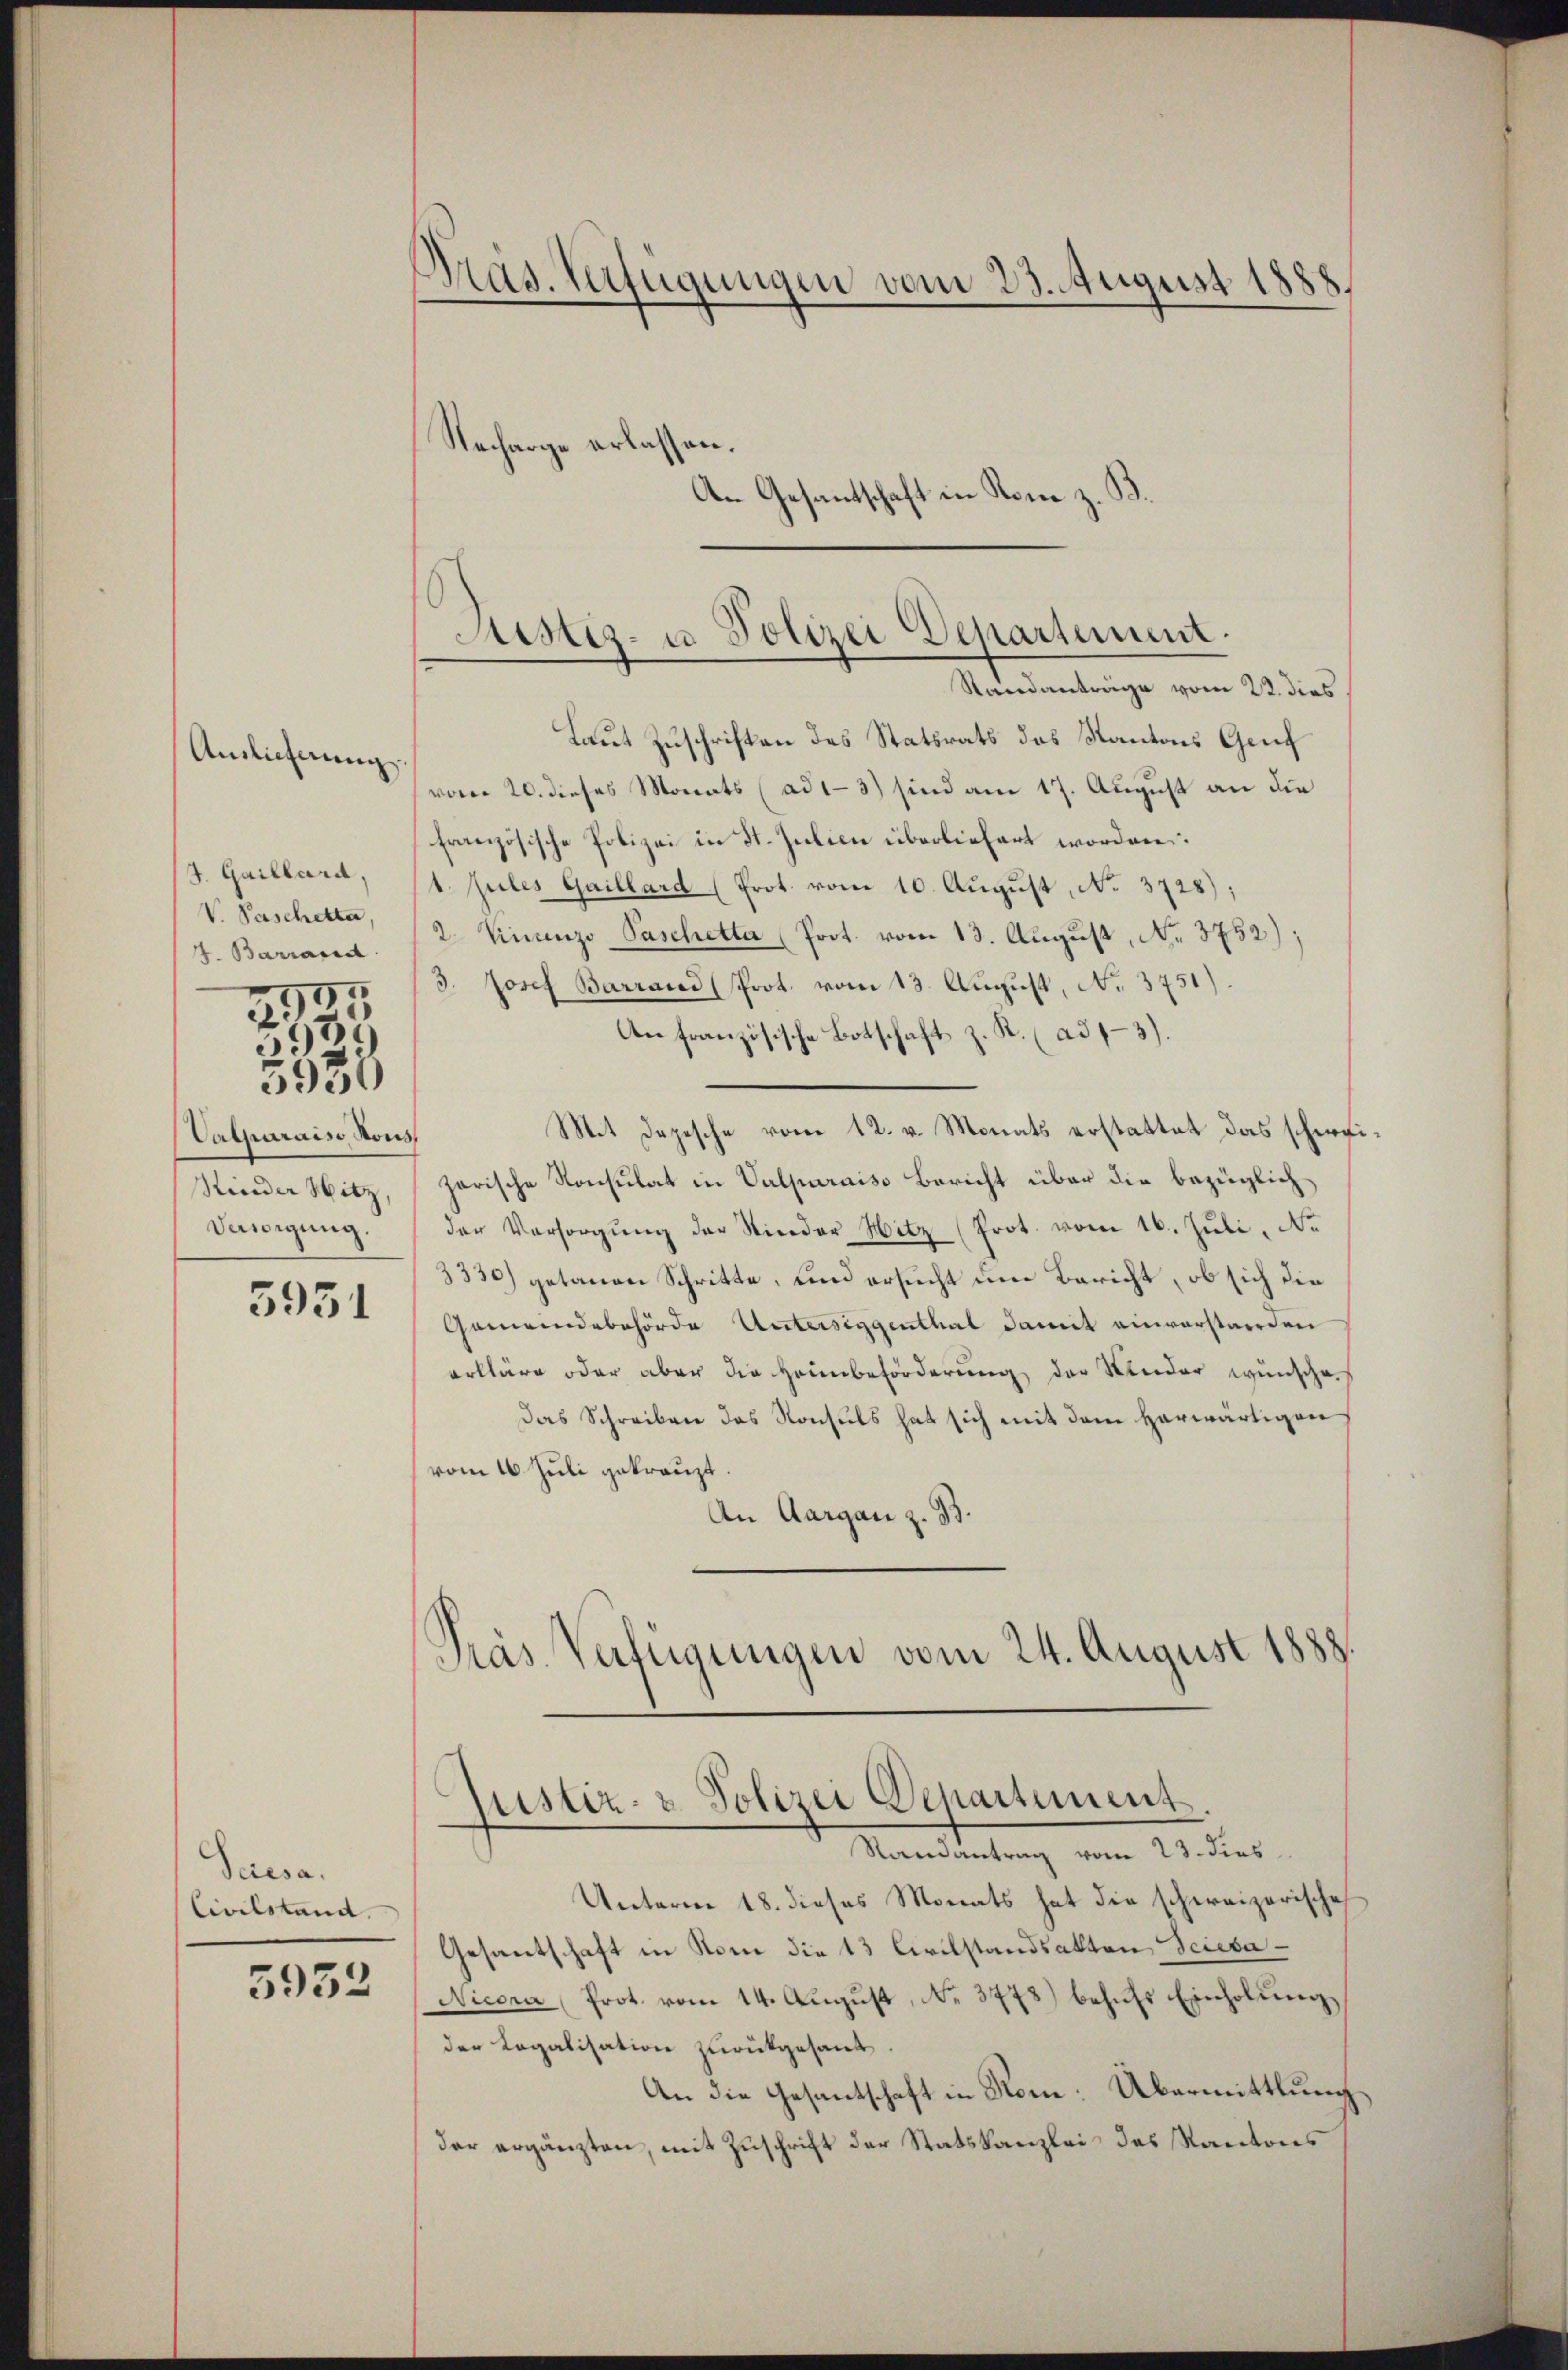
J. Gaillard,
V. Paschette,
4. Barrand
2

Auslieferung.

333
5930

Valparaiso Rous
Rinder Hitz
Vassigung.

5951

Gaesa.
Civilstand

5932

Pras. Verfügungen vom 23. August 1888.

Justiz- u. Polizei Departement.
Randanträge vom 22. dies

Laut Zuschriften des Statsrats des Kantons Genf
vom 20. dieses Monats (ad1-3) sind am 17. August an die
französische Polizei in St. Julien überliefert worden.
1. Jules Gaillard (Prot. vom 10. August, No. 3728)
2. Finanze Paschetter (Prot. vom 13. August, No. 3752);
3. Josef Barrand (Prot. vom 13. August, No. 3751).
An französische Botschaft z. R. (ad 1-3).
Mit Depesche vom 12. v. Monats erstattet das schweizarische Konsulat in Valparais Bericht über die bezüglich
der Versorgŭng der Nieder Witz (Prot. vom 16. Jŭli, No
3330) getanen Schritte, und ersucht um Bericht, ob sich die
Gemeindebehörde Unterseggenthal damit einverstarden
erkläre oder aber die Heimbeförderung der Wieder wünsche
Das Schreiben das Konsuls hat sich mit dem herwärtigen
vom 16. Juli gekränzt.
An Aargau z. B.
Präs. Verfügungen vom 24. August 1888.

Necharge erlassen.
An Gesantschaft in Rone z. B.

Justiz- & Polizei Departement
Randantrag vom 23. dies

Unterm 18. dieses Monats hat die schweizerische
Gesantschaft in Rom die 13 Civilstandsakten Scieba¬
Nicora Prot. vom 14. Aŭgŭst No. 3778) behŭfs Einholzender Legalisation zurückgesant.
An die Gesantschaft in Rom: Übermittlung
der ergänzten, mit Zuschrift der Statskanzlei des Kantons